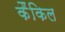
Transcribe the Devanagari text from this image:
कैंकिल